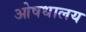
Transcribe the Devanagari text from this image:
ओषधालय